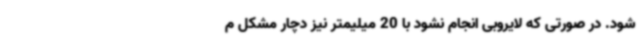
شود. در صورتی که لایروبی انجام نشود با 20 میلیمتر نیز دچار مشکل م